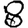
Digit: 8